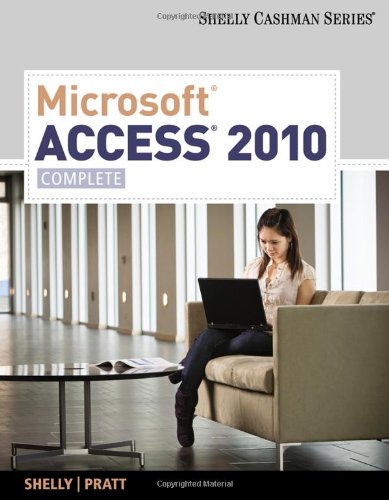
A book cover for Microsoft Access 2010: Complete (SAM 2010 Compatible Products); Gary B. Shelly; Computers & Technology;